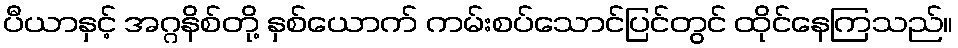
ပီယာနှင့် အဂ္ဂနိစ်တို့ နှစ်ယောက် ကမ်းစပ်သောင်ပြင်တွင် ထိုင်နေကြသည်။